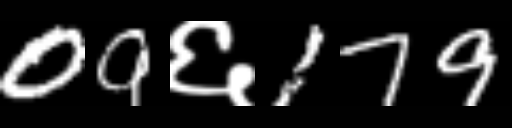
Text: 09६179